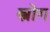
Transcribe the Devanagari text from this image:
स्त्रोग